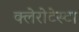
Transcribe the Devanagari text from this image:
क्लेरोटेस्टा